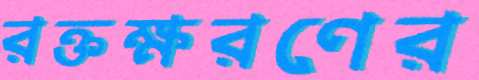
রক্তক্ষরণের